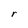
Character: r